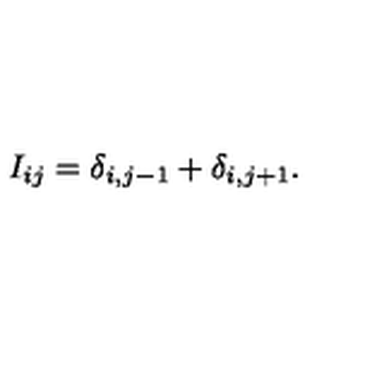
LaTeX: I _ { i j } = \delta _ { i , j - 1 } + \delta _ { i , j + 1 } .